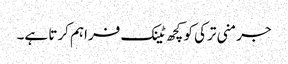
جرمنی ترکی کو کچھ ٹینک فراہم کرتا ہے۔